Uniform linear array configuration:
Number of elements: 32
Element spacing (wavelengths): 0.25
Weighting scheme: hann
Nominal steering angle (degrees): -30
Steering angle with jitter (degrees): -30.775
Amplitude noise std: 0.05
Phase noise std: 0.05

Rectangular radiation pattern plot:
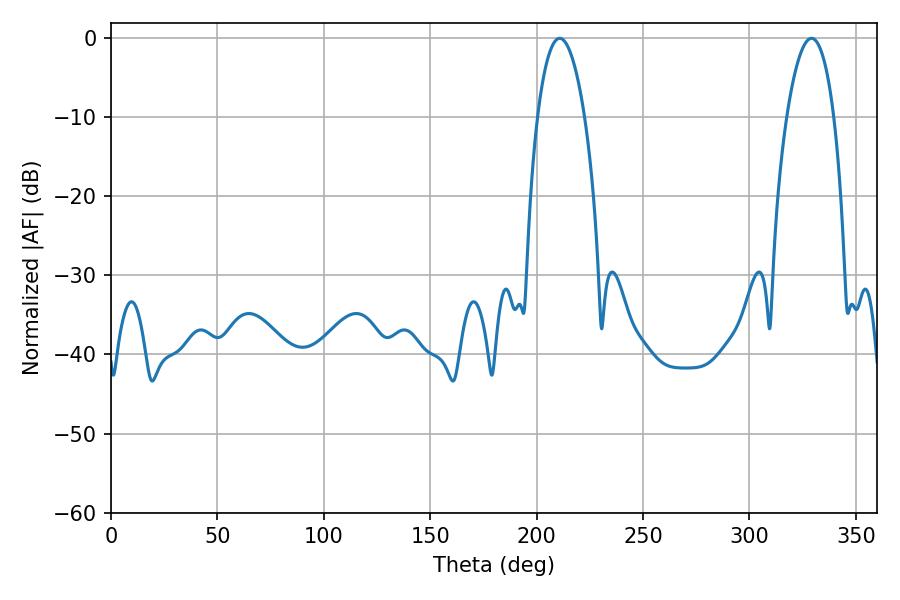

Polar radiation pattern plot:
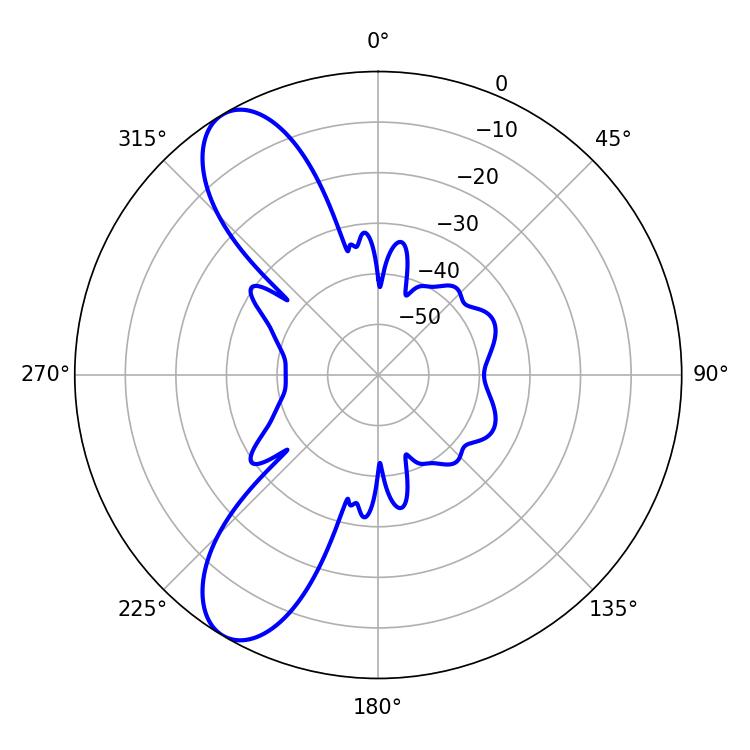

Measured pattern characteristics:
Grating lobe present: FALSE
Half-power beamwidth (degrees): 12.42
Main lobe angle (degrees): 210.78